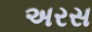
અરસ